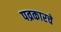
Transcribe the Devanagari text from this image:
पव्रकारचे